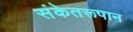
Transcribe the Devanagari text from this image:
संकेतरूपान